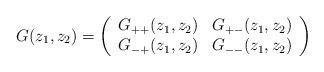
LaTeX: \begin{align*} G(z_1,z_2) = \left( \begin{array}{ll} G_{++}(z_1,z_2) & G_{+-}(z_1,z_2)\\ G_{-+}(z_1,z_2) & G_{--}(z_1,z_2) \end{array} \right)\end{align*}